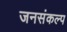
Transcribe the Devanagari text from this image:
जनसंकल्प